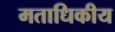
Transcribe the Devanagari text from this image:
मताधिकीय